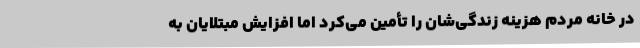
در خانه مردم هزینه زندگی‌شان را تأمین می‌کرد اما افزایش مبتلایان به